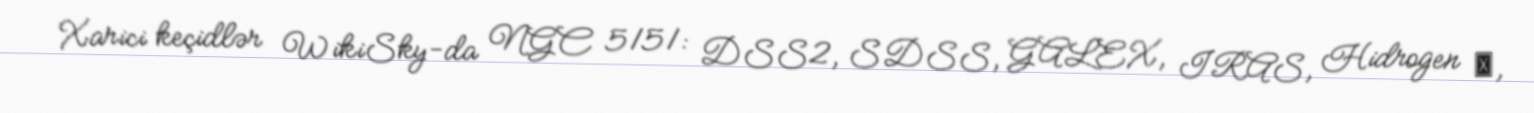
Xarici keçidlər WikiSky-da NGC 5151: DSS2, SDSS, GALEX, IRAS, Hidrogen α,